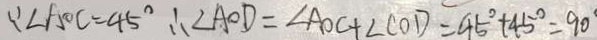
\because \angle A O C = 4 5 ^ { \circ } \therefore \angle A O D = \angle A O C + \angle C O D = 4 5 ^ { \circ } + 4 5 ^ { \circ } = 9 0